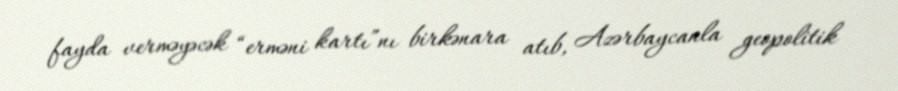
fayda verməyəcək “erməni kartı”nı birkənara atıb, Azərbaycanla geopolitik